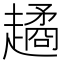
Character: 𧽻